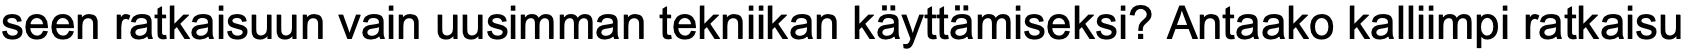
seen ratkaisuun vain uusimman tekniikan käyttämiseksi? Antaako kalliimpi ratkaisu